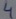
Text: 4